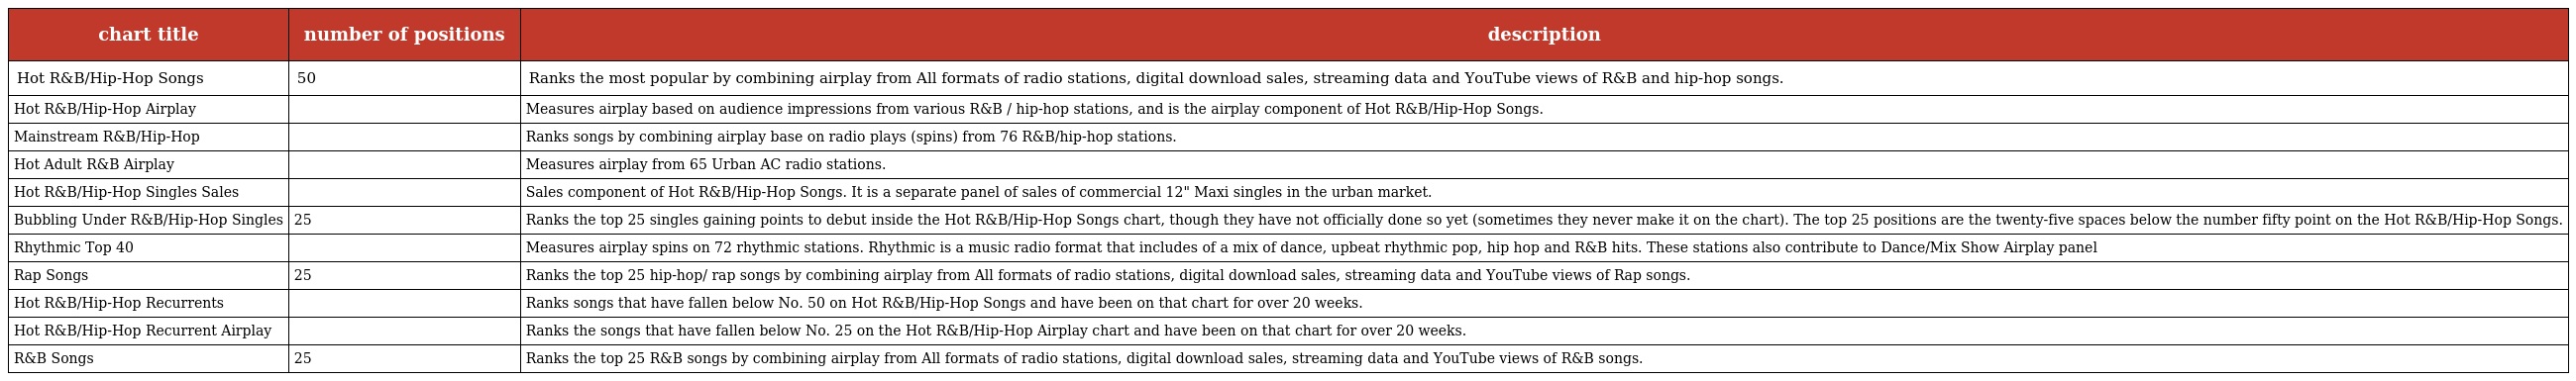
| chart title | number of positions | description |
 | --- | --- | --- |
 | Hot R&B/Hip-Hop Songs | 50 | Ranks the most popular by combining airplay from All formats of radio stations, digital download sales, streaming data and YouTube views of R&B and hip-hop songs. |
 | Hot R&B/Hip-Hop Airplay |  | Measures airplay based on audience impressions from various R&B / hip-hop stations, and is the airplay component of Hot R&B/Hip-Hop Songs. |
 | Mainstream R&B/Hip-Hop |  | Ranks songs by combining airplay base on radio plays (spins) from 76 R&B/hip-hop stations. |
 | Hot Adult R&B Airplay |  | Measures airplay from 65 Urban AC radio stations. |
 | Hot R&B/Hip-Hop Singles Sales |  | Sales component of Hot R&B/Hip-Hop Songs. It is a separate panel of sales of commercial 12" Maxi singles in the urban market. |
 | Bubbling Under R&B/Hip-Hop Singles | 25 | Ranks the top 25 singles gaining points to debut inside the Hot R&B/Hip-Hop Songs chart, though they have not officially done so yet (sometimes they never make it on the chart). The top 25 positions are the twenty-five spaces below the number fifty point on the Hot R&B/Hip-Hop Songs. |
 | Rhythmic Top 40 |  | Measures airplay spins on 72 rhythmic stations. Rhythmic is a music radio format that includes of a mix of dance, upbeat rhythmic pop, hip hop and R&B hits. These stations also contribute to Dance/Mix Show Airplay panel |
 | Rap Songs | 25 | Ranks the top 25 hip-hop/ rap songs by combining airplay from All formats of radio stations, digital download sales, streaming data and YouTube views of Rap songs. |
 | Hot R&B/Hip-Hop Recurrents |  | Ranks songs that have fallen below No. 50 on Hot R&B/Hip-Hop Songs and have been on that chart for over 20 weeks. |
 | Hot R&B/Hip-Hop Recurrent Airplay |  | Ranks the songs that have fallen below No. 25 on the Hot R&B/Hip-Hop Airplay chart and have been on that chart for over 20 weeks. |
 | R&B Songs | 25 | Ranks the top 25 R&B songs by combining airplay from All formats of radio stations, digital download sales, streaming data and YouTube views of R&B songs. |